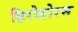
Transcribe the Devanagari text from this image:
हिरोडोरस